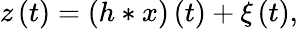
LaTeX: z\left(t\right)=\left(h*x\right)\left(t\right)+\xi\left(t\right),